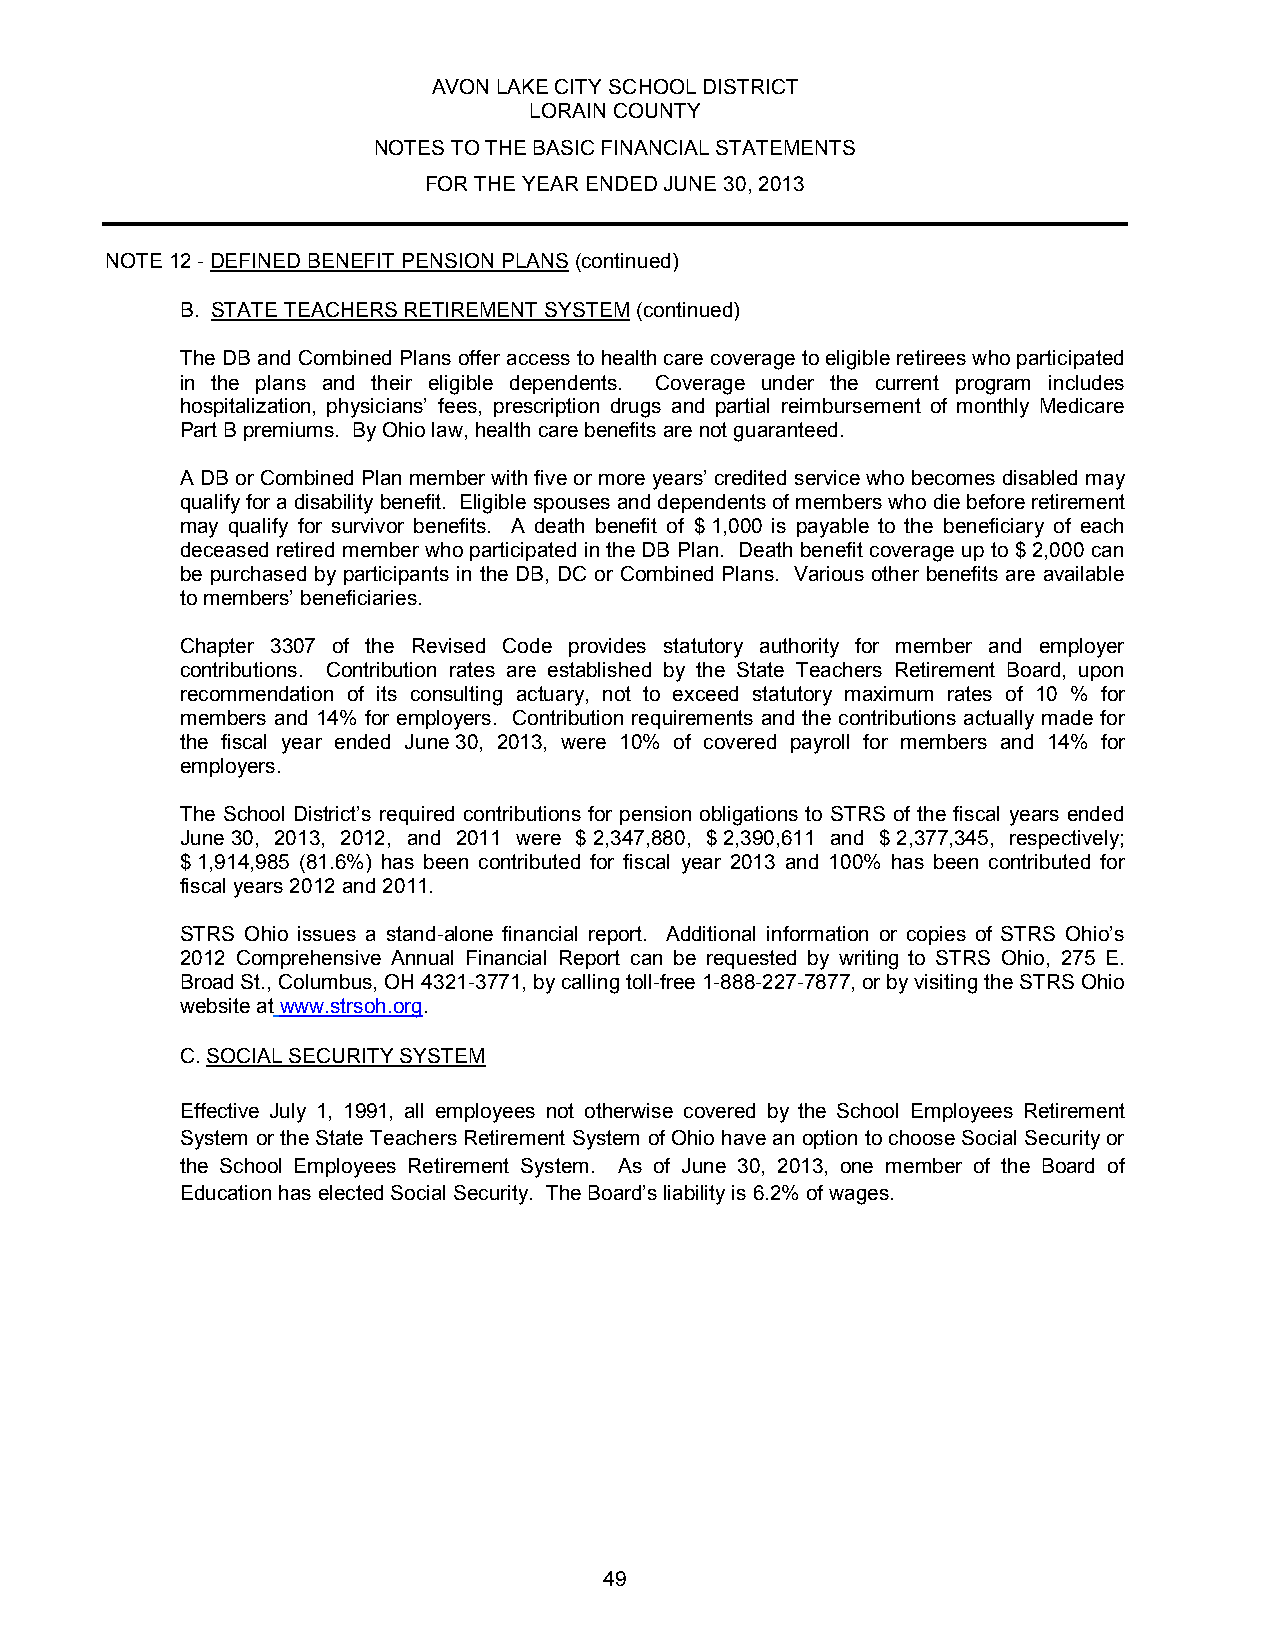
AVON LAKE CITY SCHOOL DISTRICT
 LORAIN COUNTY
 NOTES TO THE BASIC FINANCIAL STATEMENTS
 FOR THE YEAR ENDED JUNE 30, 2013
 NOTE 12 - DEFINED BENEFIT PENSION PLANS (continued)
 B. STATE TEACHERS RETIREMENT SYSTEM (continued)
 The DB and Combined Plans offer access to health care coverage to eligible retirees who participated
 in the plans and their eligible dependents. Coverage under the current program includes
 hospitalization, physicians’ fees, prescription drugs and partial reimbursement of monthly Medicare
 Part B premiums. By Ohio law, health care benefits are not guaranteed.
 A DB or Combined Plan member with five or more years’ credited service who becomes disabled may
 qualify for a disability benefit. Eligible spouses and dependents of members who die before retirement
 may qualify for survivor benefits. A death benefit of $ 1,000 is payable to the beneficiary of each
 deceased retired member who participated in the DB Plan. Death benefit coverage up to $ 2,000 can
 be purchased by participants in the DB, DC or Combined Plans. Various other benefits are available
 to members’ beneficiaries.
 Chapter 3307 of the Revised Code provides statutory authority for member and employer
 contributions. Contribution rates are established by the State Teachers Retirement Board, upon
 recommendation of its consulting actuary, not to exceed statutory maximum rates of 10 % for
 members and 14% for employers. Contribution requirements and the contributions actually made for
 the fiscal year ended June 30, 2013, were 10% of covered payroll for members and 14% for
 employers.
 The School District’s required contributions for pension obligations to STRS of the fiscal years ended
 June 30, 2013, 2012, and 2011 were $ 2,347,880, $ 2,390,611 and $ 2,377,345, respectively;
 $ 1,914,985 (81.6%) has been contributed for fiscal year 2013 and 100% has been contributed for
 fiscal years 2012 and 2011.
 STRS Ohio issues a stand-alone financial report. Additional information or copies of STRS Ohio’s
 2012 Comprehensive Annual Financial Report can be requested by writing to STRS Ohio, 275 E.
 Broad St., Columbus, OH 4321-3771, by calling toll-free 1-888-227-7877, or by visiting the STRS Ohio
 website at www.strsoh.org.
 C. SOCIAL SECURITY SYSTEM
 Effective July 1, 1991, all employees not otherwise covered by the School Employees Retirement
 System or the State Teachers Retirement System of Ohio have an option to choose Social Security or
 the School Employees Retirement System. As of June 30, 2013, one member of the Board of
 Education has elected Social Security. The Board’s liability is 6.2% of wages.
 49